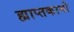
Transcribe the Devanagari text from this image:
ह्याप्तकामो